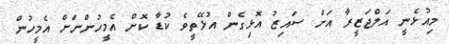
މިއުޅެނީ އަލްޖަޒީރާ އަށް ސައިޒު އޮޅިގެން އުޅޭތީވެ ކުޑާ ކޮށް އެމީހުންނަށް އެމީހުން